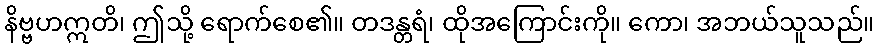
နိဗ္ဗဟဣတိ၊ ဤသို့ ရောက်စေ၏။ တဒန္တရံ၊ ထိုအကြောင်းကို။ ကော၊ အဘယ်သူသည်။